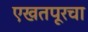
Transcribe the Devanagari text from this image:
एखतपूरचा